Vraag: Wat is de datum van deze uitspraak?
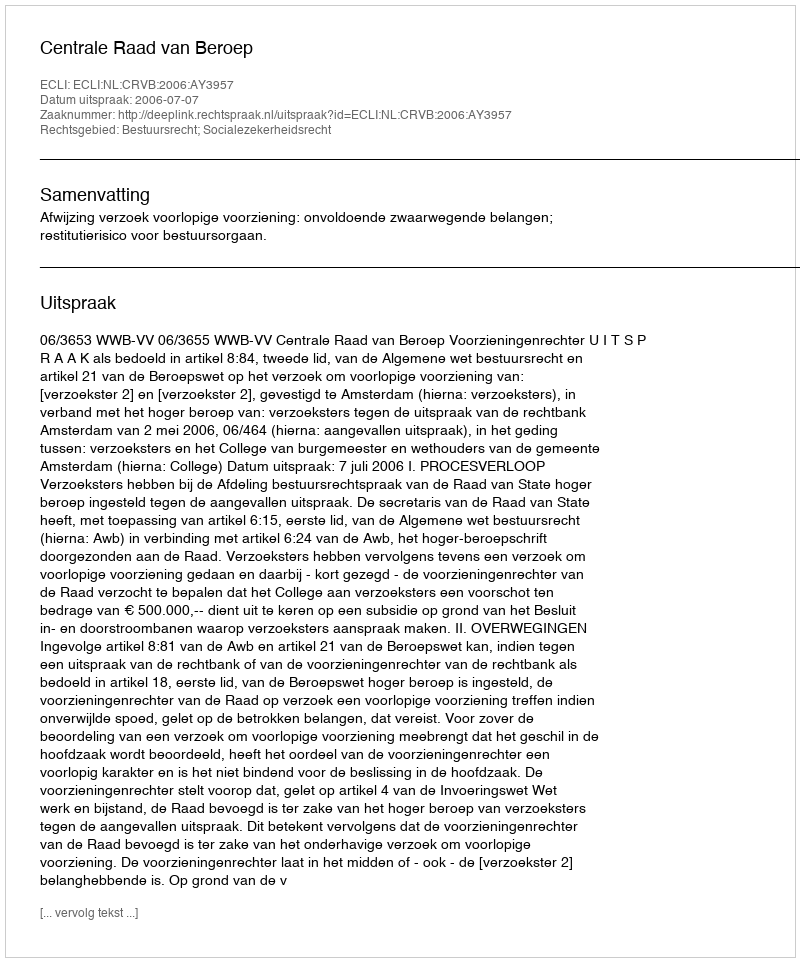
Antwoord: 2006-07-07